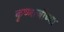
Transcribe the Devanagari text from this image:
कृष्णाजीच्या